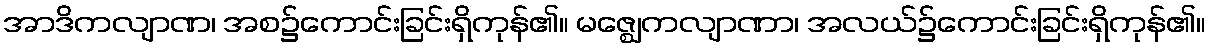
အာဒိကလျာဏ၊ အစ၌ကောင်းခြင်းရှိကုန်၏။ မဇ္ဈေကလျာဏာ၊ အလယ်၌ကောင်းခြင်းရှိကုန်၏။